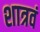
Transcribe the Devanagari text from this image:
शात्रवं